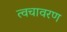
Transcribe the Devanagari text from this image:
त्वचावरण